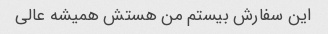
این سفارش بیستم من هستش همیشه عالی